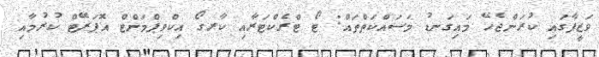
ވަޒީފާގައި ކުރަންޖެހޭ މައިގަނޑު މަސައްކަތްތައް: ޓޯ ޓްރެކްޓަރާއި ކާރގޯ އިކްވިޕްމަންޓް އޮޕަރޭޓް ކުރުމާއި